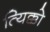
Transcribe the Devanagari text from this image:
त्यिक्को